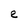
Character: e